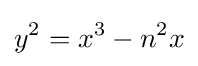
y^{2}=x^{3}-n^{2}x